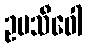
ဥပသီဝေါ